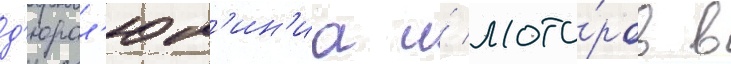
д'юрал'юм'ин'иа и́ мото́ров в